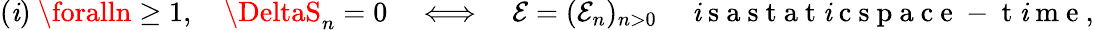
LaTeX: (\mathit{i})\ \foralln\geq1,\quad\DeltaS_{n}=0\quad\Longleftrightarrow\quad{\mathcal{E}}=({\mathcal{E}_{n}})_{n>0}\quad\mathrm{{~\mathit{i}~s~a~s~t~a~t~\mathit{i}~c~s~p~a~c~e~-~t~\mathit{i}~m~e~}},